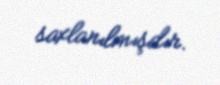
saxlanılmışdır.